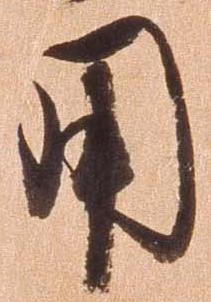
用